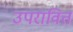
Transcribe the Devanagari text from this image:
उपरावित